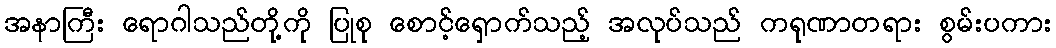
အနာကြီး ရောဂါသည်တို့ကို ပြုစု စောင့်ရှောက်သည့် အလုပ်သည် ကရုဏာတရား စွမ်းပကား